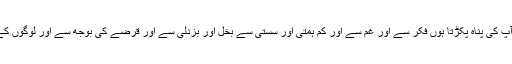
اے میرے پروردگار میں آپ کی پناہ پکڑتا ہوں فکر سے اور غم سے اور کم ہمتی اور سستی سے بخل اور بزدلی سے اور قرضے کی بوجھ سے اور لوگوں کے دبا لینے سے ( بخاری ۔